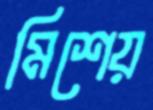
মিশেয়